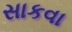
સાકવા